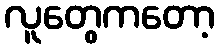
လူတွေကတော့